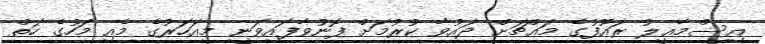
އިސްމާޢީލު ރައޫފުގެ މައްޗަށް ދައުވާ ކުރުމަށް ފޮނުވާފައިވަނީ މިއަހަރުގެ މެއި މަހުގެ ހަތް